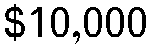
$10,000